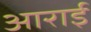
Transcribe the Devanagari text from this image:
आराई